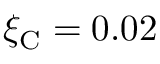
\xi _ { \mathrm { C } } = 0 . 0 2